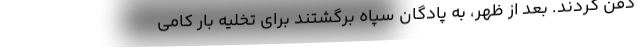
دفن كردند. بعد از ظهر، به پادگان سپاه برگشتند براي تخليه بار كامي